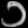
Digit: ၁